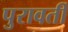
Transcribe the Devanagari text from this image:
पुरावर्ती